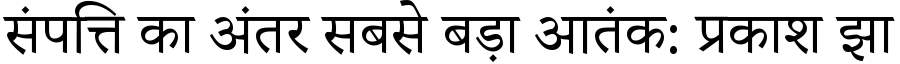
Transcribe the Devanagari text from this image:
संपत्ति का अंतर सबसे बड़ा आतंक: प्रकाश झा